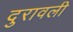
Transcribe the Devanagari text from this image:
दुरावली